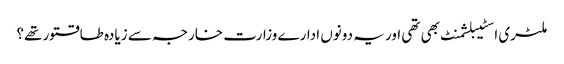
ملٹری اسٹیبلشمنٹ بھی تھی اور یہ دونوں ادارے وزارت خارجہ سے زیادہ طاقتور تھے؟